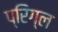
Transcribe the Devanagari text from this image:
प्रिग्ल